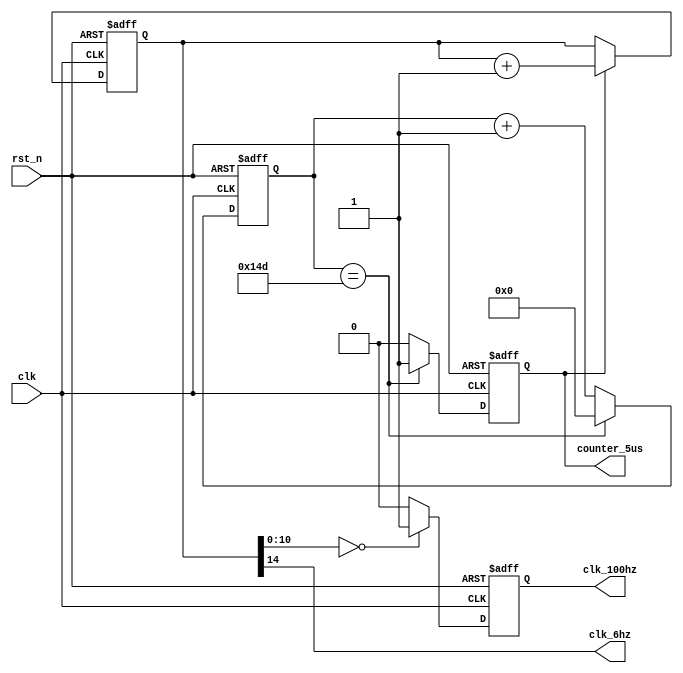
module clk_gen(
                clk,
                rst_n,
		counter_5us,
                clk_100hz,
                clk_6hz
                );
input clk;
input rst_n;
output counter_5us;
output clk_6hz;
output clk_100hz;
reg [8:0] counter_100k;
reg  [14:0]     counter;
reg            clk_100hz;
reg counter_5us;
assign clk_6hz = counter[14];

always @(posedge clk or negedge rst_n)
begin
	if(rst_n == 1'b0)
		counter <= 0;
	else if(counter_5us==1'b1)
		counter<=counter+1;
	else
		;
end

always @(posedge clk or negedge rst_n)
begin
	if(rst_n == 1'b0)
		clk_100hz<=1'b0;
	else if(counter[10:0]==0)
		clk_100hz<=1'b1;
	else
		clk_100hz<=1'b0;
end

always @ (posedge clk or negedge rst_n)
	begin
		if (rst_n==1'b0)
		  begin
			  counter_100k<=9'b000000000;
			  counter_5us<=1'b0;
		  end
		else if (counter_100k==9'b101001101)
			begin
			  counter_100k<=9'b000000000;
			  counter_5us<=1'b1;
			end
		else
		begin
			counter_100k<=counter_100k+9'b000000001;
			counter_5us<=1'b0;
		end
	end
endmodule